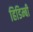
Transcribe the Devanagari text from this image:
हिडिम्बी